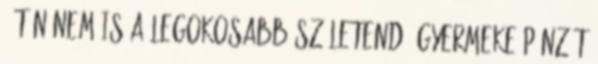
, tán nem is a legokosabb születendő gyermeke pénzét